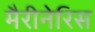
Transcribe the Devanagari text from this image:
मैरीनेरिस